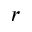
r